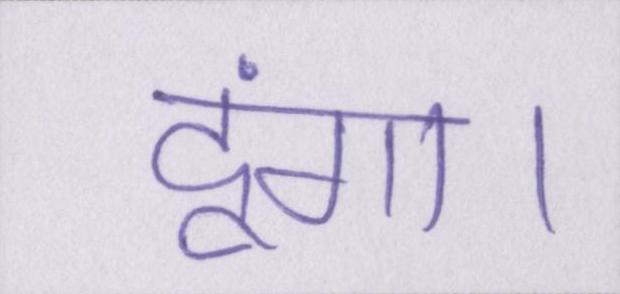
दूंगा।